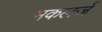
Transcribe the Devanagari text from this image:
मकलर्ज़